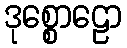
ဒုစ္စောဠော